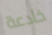
خادعة